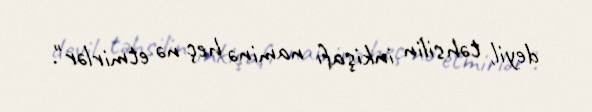
deyil, təhsilin inkişafı naminə heç nə etmirlər".